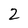
Character: 2